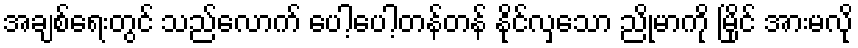
အချစ်ရေးတွင် သည်လောက် ပေါ့ပေါ့တန်တန် နိုင်လှသော ညိုမာကို မြိုင် အားမလို